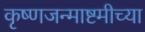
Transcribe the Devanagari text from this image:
कृष्णजन्माष्टमीच्या